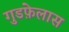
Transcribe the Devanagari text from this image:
गुडफ़ेलास